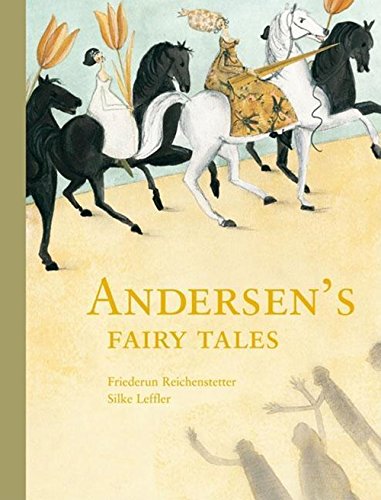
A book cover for Andersen's Fairy Tales; Hans Christian Andersen; Children's Books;